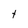
Character: t